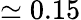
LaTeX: \simeq 0.15